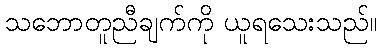
သဘောတူညီချက်ကို ယူရသေးသည်။